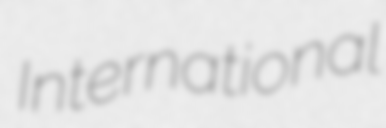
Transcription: International